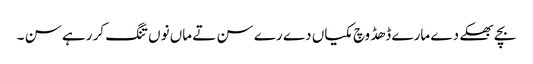
بچے بھکے دے مارے ڈھڈ وچ مکیاں دے رے سن تے ماں نوں تنگ کر رہے سن ۔